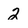
Character: 2